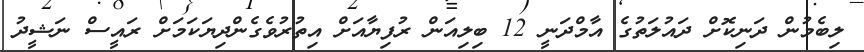
ލިބެމުން ދަނިކޮށް ދައުލަތުގެ އާމްދަނީ 12 ބިލިއަން ރުފިޔާއަށް އިތުރުވެގެންދިޔަކަމަށް ރައީސް ނަޝީދު